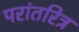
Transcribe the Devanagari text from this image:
परांतरित्र